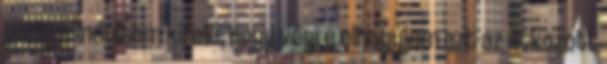
pedig elindultam kifelé, hogy végre elhagyjam ezt az átkozott